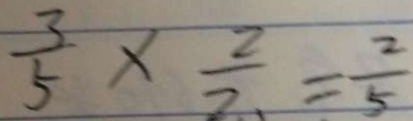
\frac { 3 } { 5 } \times \frac { 2 } { 2 } = \frac { 2 } { 5 }